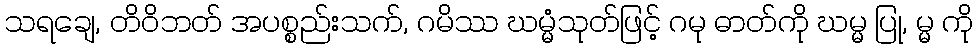
သရချေ, တိဝိဘတ် အပစ္စည်းသက်, ဂမိဿ ဃမ္မံသုတ်ဖြင့် ဂမု ဓာတ်ကို ဃမ္မ ပြု, မ္မ ကို